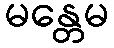
မန္တေမ